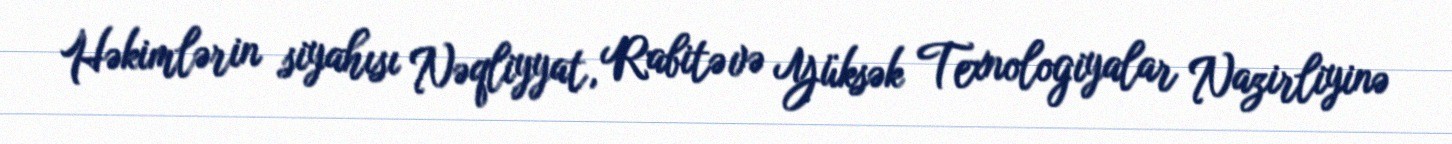
Həkimlərin siyahısı Nəqliyyat, Rabitə və Yüksək Texnologiyalar Nazirliyinə